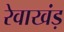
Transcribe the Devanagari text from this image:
रेवाखंड़